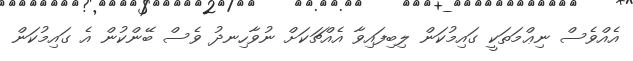
އެއްވެސް ނިޢްމަތަކީ ގައިމުކަން ލިބިފައިވާ އެއްޗަކަށް ނުވާހިނދު ވެސް ބޭންކުން އެ ގައިމުކަން